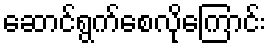
ဆောင်ရွက်စေလိုကြောင်း